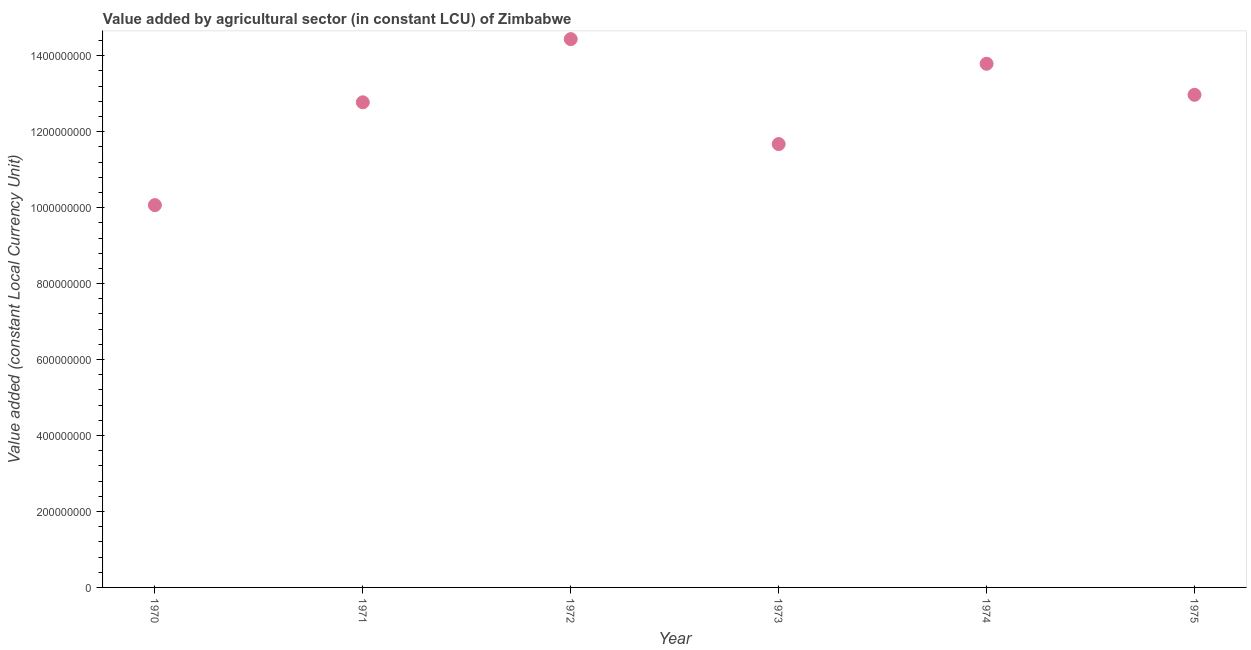
| Year | Agriculture |
 | --- | --- |
 | 1970 | 1.01e+09 |
 | 1971 | 1.28e+09 |
 | 1972 | 1.44e+09 |
 | 1973 | 1.17e+09 |
 | 1974 | 1.38e+09 |
 | 1975 | 1.3e+09 |